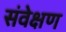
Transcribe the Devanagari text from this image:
संवेक्षण